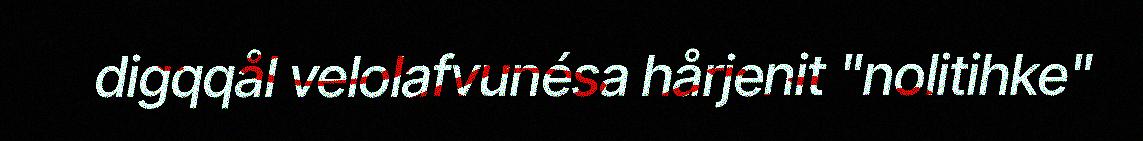
digqqål velolafvunésa hårjenit "nolitihke"